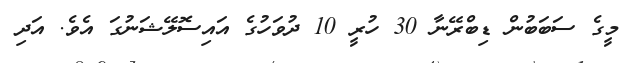
މީގެ ސަބަބުން ޑިބްރޭނާ 30 ހުރީ 10 ދުވަހުގެ އައިސޮލޭޝަނުގަ އެވެ. އަދި